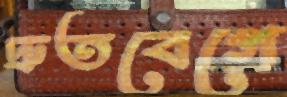
দ্রুতবেগে